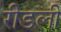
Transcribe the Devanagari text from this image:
रीडली